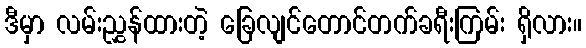
ဒီမှာ လမ်းညွှန်ထားတဲ့ ခြေလျင်တောင်တက်ခရီးကြမ်း ရှိလား။